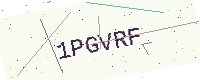
Text: 1PGVRF